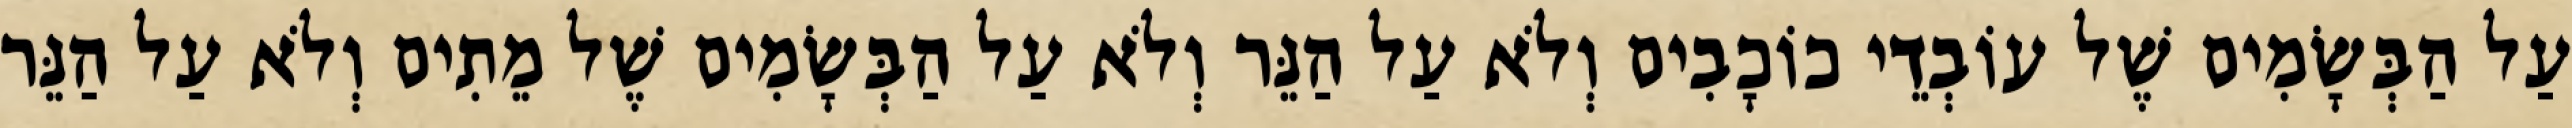
עַל הַבְּשָׂמִים שֶׁל עוֹבְדֵי כוֹכָבִים וְלֹא עַל הַנֵּר וְלֹא עַל הַבְּשָׂמִים שֶׁל מֵתִים וְלֹא עַל הַנֵּר